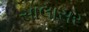
સાલાસર